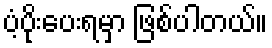
ပံ့ပိုးပေးရမှာ ဖြစ်ပါတယ်။